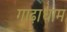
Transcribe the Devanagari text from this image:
गाढ़ाधाम